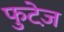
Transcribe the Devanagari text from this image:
फुटेज़